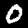
Digit: 0